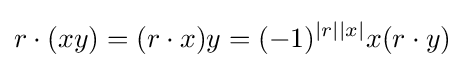
r\cdot (xy)=(r\cdot x)y=(-1)^{|r||x|}x(r\cdot y)